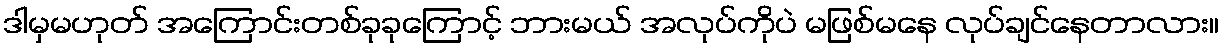
ဒါမှမဟုတ် အကြောင်းတစ်ခုခုကြောင့် ဘားမယ် အလုပ်ကိုပဲ မဖြစ်မနေ လုပ်ချင်နေတာလား။